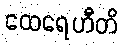
ထေရေဟီတိ